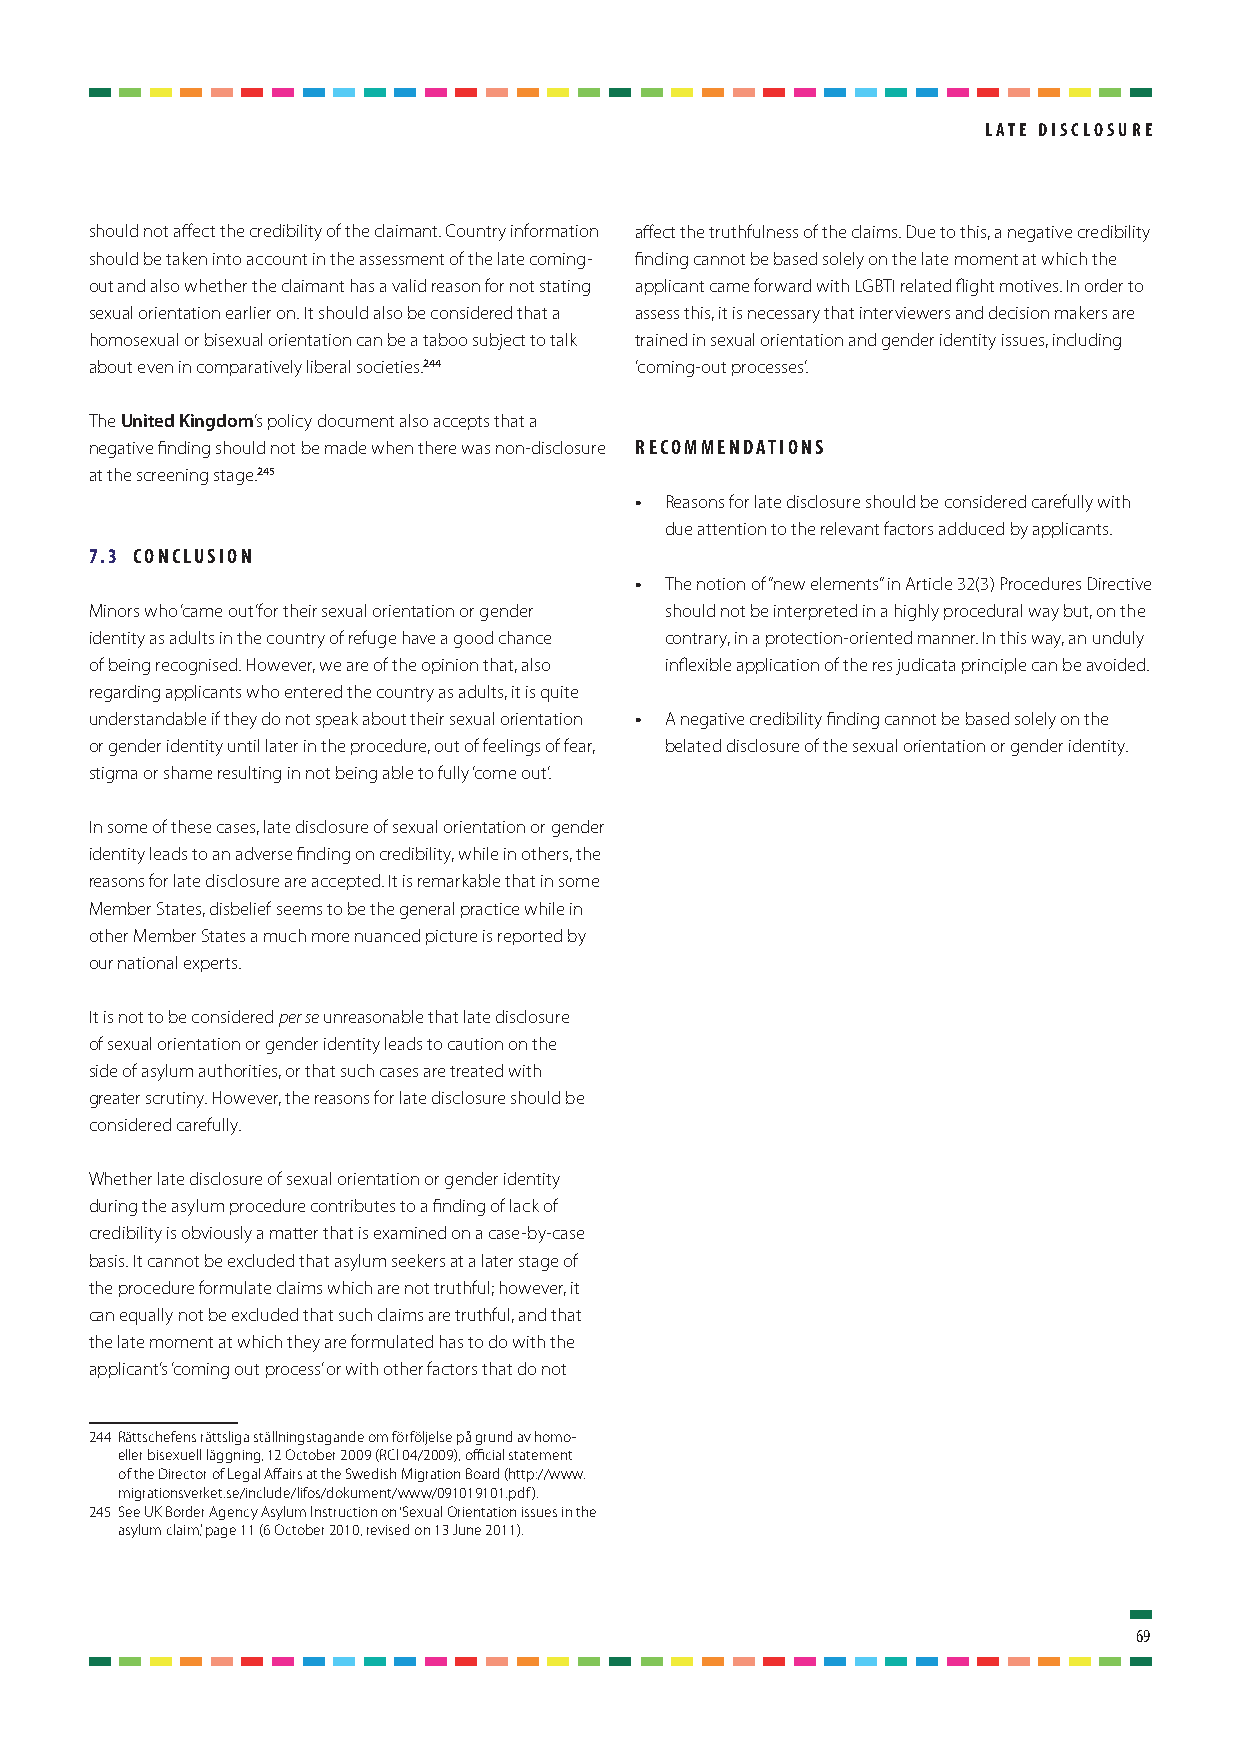
latE diScloSurE
 should not affect the credibility of the claimant. Country information affect the truthfulness of the claims. Due to this, a negative credibility
 should be taken into account in the assessment of the late coming- finding cannot be based solely on the late moment at which the
 out and also whether the claimant has a valid reason for not stating applicant came forward with LGBTI related flight motives. In order to
 sexual orientation earlier on. It should also be considered that a assess this, it is necessary that interviewers and decision makers are
 homosexual or bisexual orientation can be a taboo subject to talk trained in sexual orientation and gender identity issues, including
 about even in comparatively liberal societies.244 ‘coming-out processes’.
 The United Kingdom’s policy document also accepts that a
 negative finding should not be made when there was non-disclosure rEcommEndationS
 at the screening stage.245
 • Reasons for late disclosure should be considered carefully with
 due attention to the relevant factors adduced by applicants.
 7.3 concluSion
 • The notion of “new elements” in Article 32(3) Procedures Directive
 Minors who ‘came out’ for their sexual orientation or gender should not be interpreted in a highly procedural way but, on the
 identity as adults in the country of refuge have a good chance contrary, in a protection-oriented manner. In this way, an unduly
 of being recognised. However, we are of the opinion that, also inflexible application of the res judicata principle can be avoided.
 regarding applicants who entered the country as adults, it is quite
 understandable if they do not speak about their sexual orientation • A negative credibility finding cannot be based solely on the
 or gender identity until later in the procedure, out of feelings of fear, belated disclosure of the sexual orientation or gender identity.
 stigma or shame resulting in not being able to fully ‘come out’.
 In some of these cases, late disclosure of sexual orientation or gender
 identity leads to an adverse finding on credibility, while in others, the
 reasons for late disclosure are accepted. It is remarkable that in some
 Member States, disbelief seems to be the general practice while in
 other Member States a much more nuanced picture is reported by
 our national experts.
 It is not to be considered per se unreasonable that late disclosure
 of sexual orientation or gender identity leads to caution on the
 side of asylum authorities, or that such cases are treated with
 greater scrutiny. However, the reasons for late disclosure should be
 considered carefully.
 Whether late disclosure of sexual orientation or gender identity
 during the asylum procedure contributes to a finding of lack of
 credibility is obviously a matter that is examined on a case-by-case
 basis. It cannot be excluded that asylum seekers at a later stage of
 the procedure formulate claims which are not truthful; however, it
 can equally not be excluded that such claims are truthful, and that
 the late moment at which they are formulated has to do with the
 applicant’s ‘coming out process’ or with other factors that do not
 244 Rättschefens rättsliga ställningstagande om förföljelse på grund av homo-
 eller bisexuell läggning, 12 October 2009 (RCI 04/2009), official statement
 of the Director of Legal Affairs at the Swedish Migration Board (http://www.
 migrationsverket.se/include/lifos/dokument/www/091019101.pdf).
 245 See UK Border Agency Asylum Instruction on ‘Sexual Orientation issues in the
 asylum claim’, page 11 (6 October 2010, revised on 13 June 2011).
 69